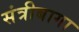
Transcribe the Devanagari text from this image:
संत्रीबागा